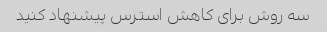
سه روش برای کاهش استرس پیشنهاد کنید